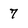
Character: 7